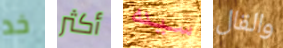
خد أكثر سيده والقال